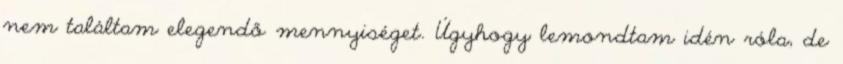
nem találtam elegendő mennyiséget. Úgyhogy lemondtam idén róla, de